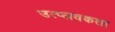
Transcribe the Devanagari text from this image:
उत्प्लवकता